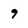
Character: 9